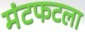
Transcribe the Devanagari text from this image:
मंटफटला